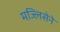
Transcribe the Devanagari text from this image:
मज्लिसेने